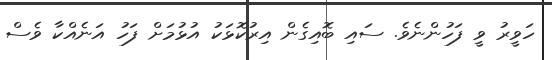
ހަވީރު ވީ ފަހުންނެވެ. ސައި ބޮއިގެން އިރުކޮޅަކު އުޅުމަށް ފަހު އަނެއްކާ ވެސް